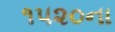
૧૫૨૦ના